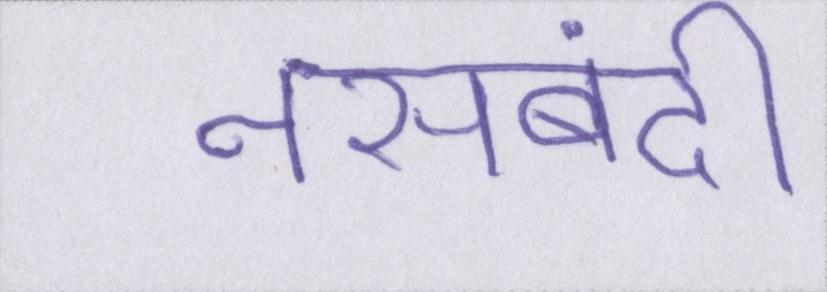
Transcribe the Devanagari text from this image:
नसबंदी